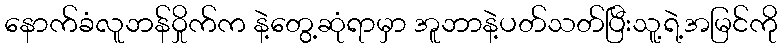
နောက်ခံလူဘန်ဝှိုက်က နဲ့တွေ့ဆုံရာမှာ အူဘာနဲ့ပတ်သတ်ပြီးသူ့ရဲ့အမြင်ကို